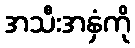
အသီးအနှံကို